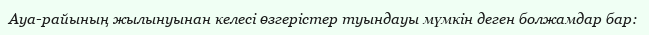
Ауа-райының жылынуынан келесі өзгерістер туындауы мүмкін деген болжамдар бар: